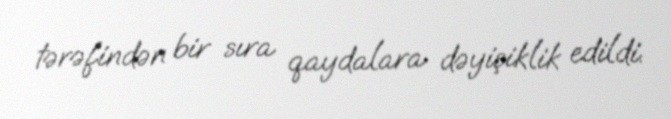
tərəfindən bir sıra qaydalara dəyişiklik edildi.